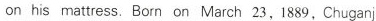
on his mattress. Born on March 23,1889,Chuganji